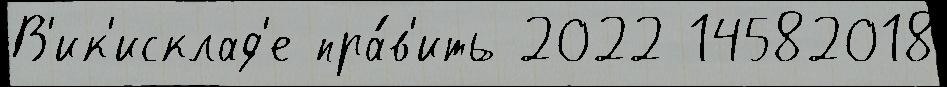
В'ик'исклад'е пра́в'ить 2022 14582018